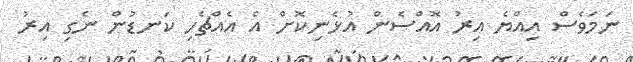
ނަމަވެސް އިއްޔެ އިރު އޮއްސެން އުޅެނިކޮށް އެ އެއްޗެހި ކަނޑުން ނެގި އިރު